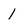
Character: 1